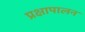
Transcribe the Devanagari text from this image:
प्रक्षापालन